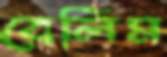
বেলিম